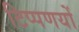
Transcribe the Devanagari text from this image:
टिप्पणयों